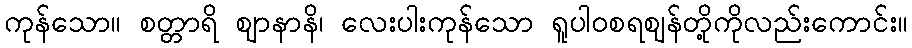
ကုန်သော။ စတ္တာရိ ဈာနာနိ၊ လေးပါးကုန်သော ရူပါဝစရဈန်တို့ကိုလည်းကောင်း။